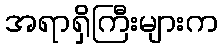
အရာရှိကြီးများက